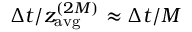
\Delta t / z _ { \mathrm { { a v g } } } ^ { ( 2 M ) } \approx \Delta t / M